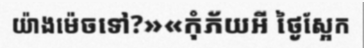
យ៉ាងម៉េចទៅ?»«កុំភ័យអី ថ្ងៃស្អែក